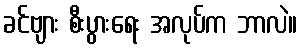
ခင်ဗျား စီးပွားရေး အလုပ်က ဘာလဲ။